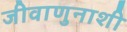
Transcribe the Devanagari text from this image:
जीवाणुनाशी